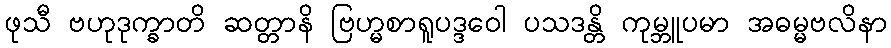
ဖုသီ ဗဟုဒုက္ခာတိ ဆတ္တာနိ ဗြဟ္မစာရူပဒ္ဒဝေါ ပသဒန္တိ ကုမ္ဘူပမာ အဓမ္မဗလိနာ